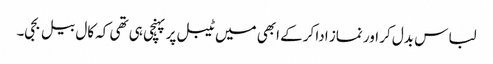
لباس بدل کر اور نماز ادا کرکے ابھی میں ٹیبل پر پہنچی ہی تھی کہ کال بیل بجی۔